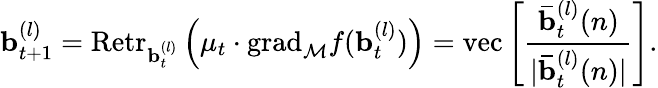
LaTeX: \mathbf{b}_{t+1}^{(l)}=\mathrm{Retr}_{\mathbf{b}_{t}^{(l)}}\left(\mu_{t}\cdot\mathrm{grad}_{\mathcal{M}}f(\mathbf{b}_{t}^{(l)})\right)=\mathrm{vec}\left[\frac{\mathbf{\bar{b}}_{t}^{(l)}(n)}{|\mathbf{\bar{b}}_{t}^{(l)}(n)|}\right].